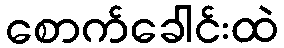
စောက်ခေါင်းထဲ